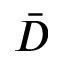
\bar { D }